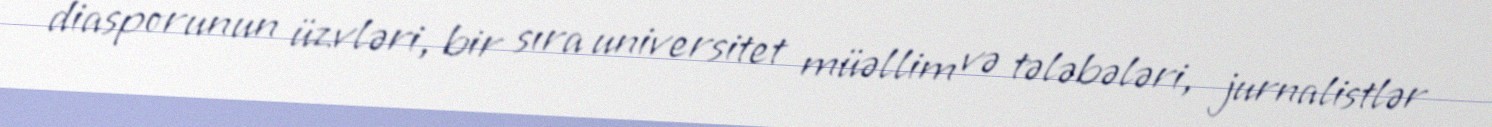
diasporunun üzvləri, bir sıra universitet müəllim və tələbələri, jurnalistlər